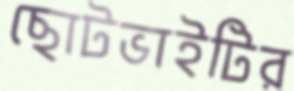
ছোটভাইটির